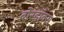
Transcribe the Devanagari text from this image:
बोरडॉक्स